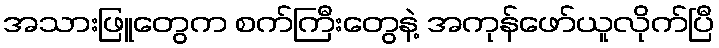
အသားဖြူတွေက စက်ကြီးတွေနဲ့ အကုန်ဖော်ယူလိုက်ပြီ